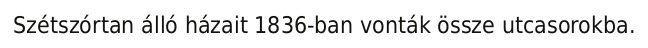
Szétszórtan álló házait 1836-ban vonták össze utcasorokba.